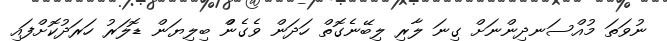
ނުވަތަ މުއްސަނދިންނަށް ގިނަ ލާރި ލިބޭނެގޮތް ހަދަން ވެގެންް ބިލިޔަން ޑޮލަރު ހަރަދުކޮށްފައިި